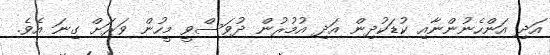
އަދި އަންހެނުންނާއި ކުޑަކުދިން އަދި އުމުރުން ދުވަސްވީ މީހުން ވަރަށް ގިނަ އެވެ.